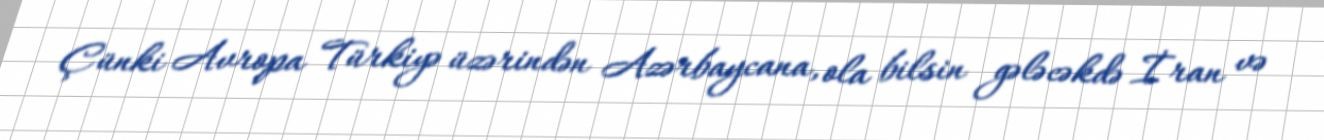
Çünki Avropa Türkiyə üzərindən Azərbaycana, ola bilsin gələcəkdə İran və